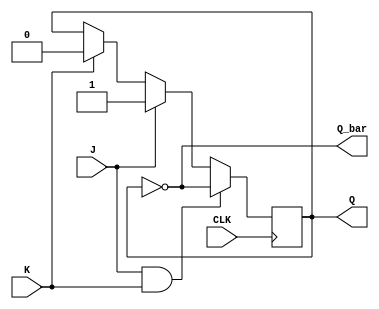
module jk_flipflop (
    input wire J,
    input wire K,
    input wire CLK,
    output reg Q,
    output reg Q_bar
);

always @(posedge CLK) begin
    if (J & K) begin
        Q <= ~Q;
    end else if (J) begin
        Q <= 1'b1;
    end else if (K) begin
        Q <= 1'b0;
    end
end

assign Q_bar = ~Q;

endmodule